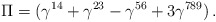
\begin{align*}\Pi=(\gamma^{14}+\gamma^{23}-\gamma^{56}+3\gamma^{789})\,.\end{align*}